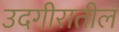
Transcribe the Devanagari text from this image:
उदगीरातील